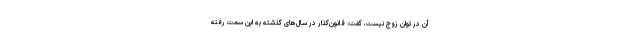
آن در توان زوج نیست، گفت: قانون‌گذار در سال‌های گذشته به این سمت رفته